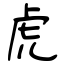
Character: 虎